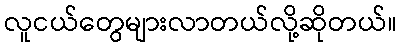
လူငယ်တွေများလာတယ်လို့ဆိုတယ်။